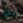
بهذا